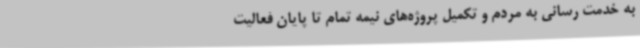
به خدمت رسانی به مردم و تکمیل پروژه‌های نیمه تمام تا پایان فعالیت